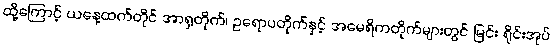
ထို့ကြောင့် ယနေ့ထက်တိုင် အာရှတိုက်၊ ဥရောပတိုက်နှင့် အမေရိကတိုက်များတွင် မြင်း ရိုင်းအုပ်